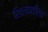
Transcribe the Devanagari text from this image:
शिल्पतीर्थ